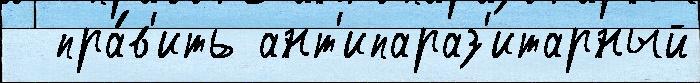
  пра́в'ить ант'ипараз'итарный